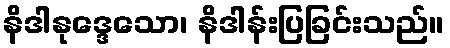
နိဒါနုဒ္ဒေသော၊ နိဒါန်းပြခြင်းသည်။